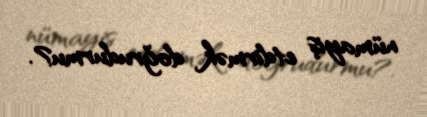
nümayiş etdirmək doğrudurmu?.